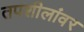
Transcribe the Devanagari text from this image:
तपशीलांवर